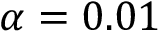
\alpha = 0 . 0 1